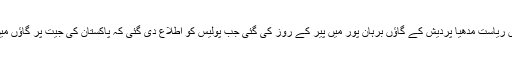
میڈیا رپورٹس کے مطابق یہ گرفتاریاں ریاست مدھیا پردیش کے گاﺅں برہان پور میں پیر کے روز کی گئی جب پولیس کو اطلاع دی گئی کہ پاکستان کی جیت پر گاﺅں میں آتش بازی اور نعرے بازی کی گئی۔